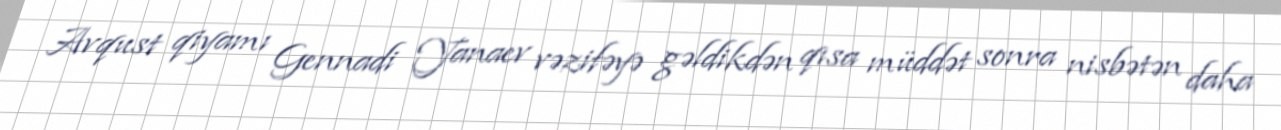
Avqust qiyamı Gennadi Yanaev vəzifəyə gəldikdən qısa müddət sonra nisbətən daha